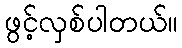
ဖွင့်လှစ်ပါတယ်။